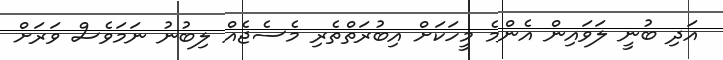
އަދި ބުނީ ލަވައިން އެންމެ މީހަކަށް އިބުރަތްތެރި މެސެޖެއް ލިބުނު ނަމަވެސް ވަރަށް